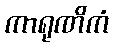
ကာရုဏိကံ